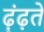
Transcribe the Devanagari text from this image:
ढ़ूंढ़ते